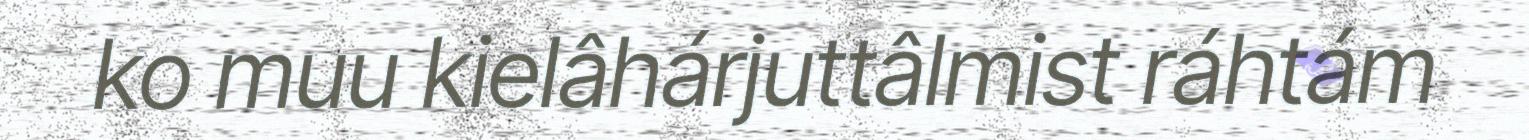
ko muu kielâhárjuttâlmist ráhtám